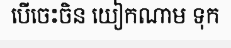
បើចេះចិន យៀកណាម ទុក